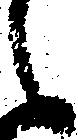
之